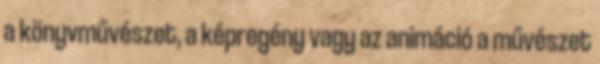
a könyvművészet, a képregény vagy az animáció a művészet